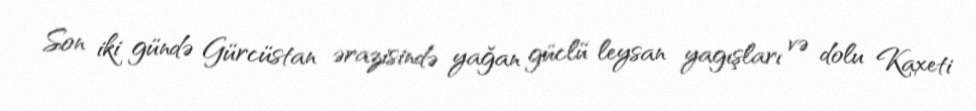
Son iki gündə Gürcüstan ərazisində yağan güclü leysan yagışları və dolu Kaxeti